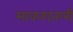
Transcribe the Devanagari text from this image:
मावळातली